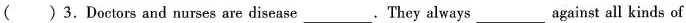
( )3.Doctors and nurses are disease.They always against all kinds of